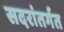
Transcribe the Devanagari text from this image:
सदरांतर्गत